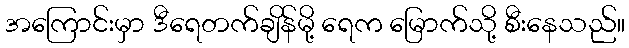
အကြောင်းမှာ ဒီရေတက်ချိန်မို့ ရေက မြောက်သို့ စီးနေသည်။